Scottish Leaving Certificate Examination, 1952
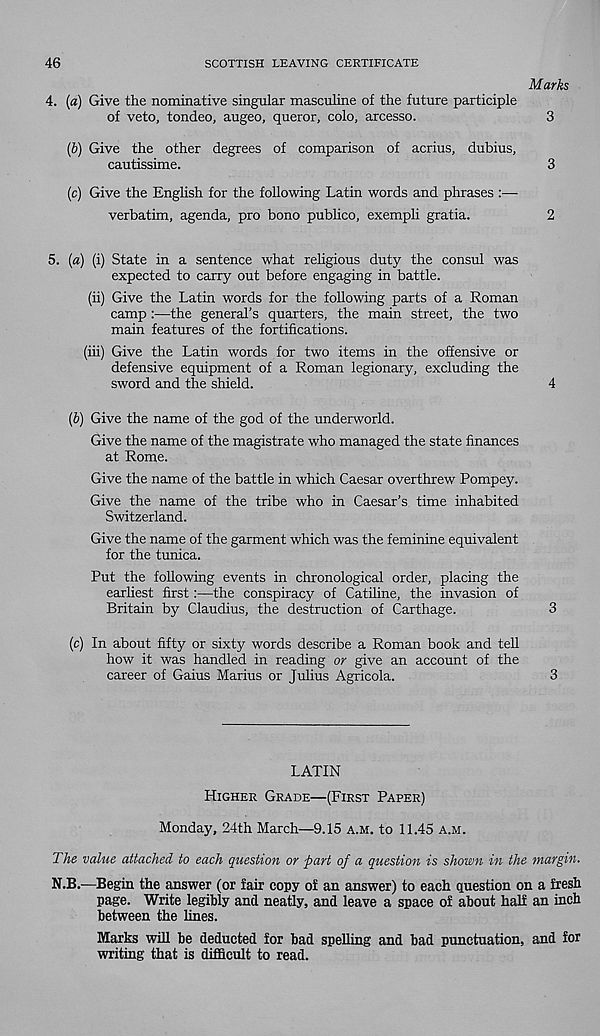
46
SCOTTISH LEAVING CERTIFICATE
Marks
4. (a) Give the nominative singular masculine of the future participle
of veto, tondeo, augeo, queror, colo, arcesso.
3
(b) Give the other degrees of comparison of acrius, dubius,
cautissime.
3
(c) Give the Enghsh for the following Latin words and phrases :—
verbatim, agenda, pro bono publico, exempli gratia.
2
5. (a) (i) State in a sentence what religious duty the consul was
expected to carry out before engaging in battle.
(ii) Give the Latin words for the following parts of a Roman
camp :—the general’s quarters, the main street, the two
main features of the fortifications.
(hi) Give the Latin words for two items in the offensive or
defensive equipment of a Roman legionary, excluding the
sword and the shield.
4
(b) Give the name of the god of the underworld.
Give the name of the magistrate who managed the state finances
at Rome.
Give the name of the battle in which Caesar overthrew Pompey.
Give the name of the tribe who in Caesar’s time inhabited
Switzerland.
Give the name of the garment which was the feminine equivalent
for the tunica.
Put the following events in chronological order, placing the
earhest first:—the conspiracy of Catiline, the invasion of
Britain by Claudius, the destruction of Carthage.
3
(c) In about fifty or sixty words describe a Roman book and tell
how it was handled in reading or give an account of the
career of Gaius Marius or Julius Agricola.
3
LATIN
Higher Grade—(First Paper)
Monday, 24th March—9.15 a.m. to 11.45 a.m.
The value attached to each question or part of a question is shown in the margin.
N.B.—Begin the answer (or fair copy of an answer) to each question on a fresh
page. Write legibly and neatly, and leave a space of about half an inch
between the lines.
Marks will be deducted for bad spelling and bad punctuation, and for
writing that is difficult to read.